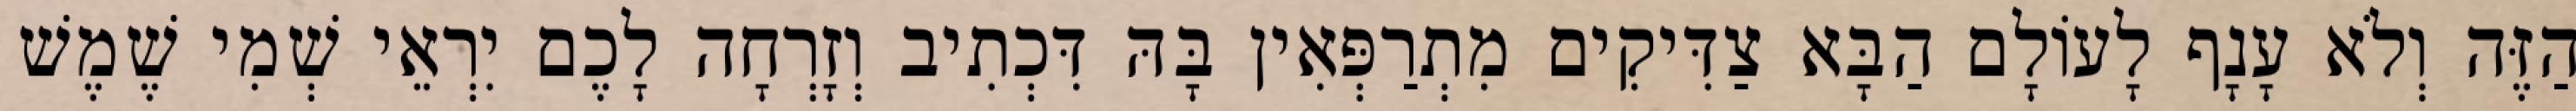
הַזֶּה וְלֹא עָנָף לָעוֹלָם הַבָּא צַדִּיקִים מִתְרַפְּאִין בָּהּ דִּכְתִיב וְזָרְחָה לָכֶם יִרְאֵי שְׁמִי שֶׁמֶשׁ